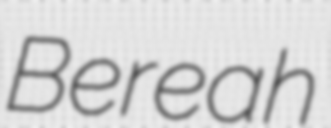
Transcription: Bereah